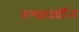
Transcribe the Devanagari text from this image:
प्रत्यक्षदर्शींना